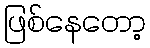
ဖြစ်နေတော့